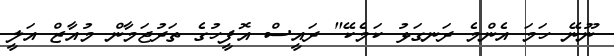
ނޫނޭ ހަމަ އެންމެ ރަނގަޅު ކަމެކޭ" ރައީސް އޮފީހުގެ ތަރުޖަމާން މުއާޒް އަލީ